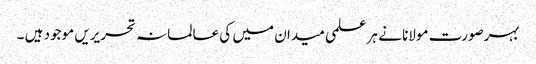
بہرصورت مولانا نے ہر علمی میدان میں کی عالمانہ تحریریں موجود ہیں ۔